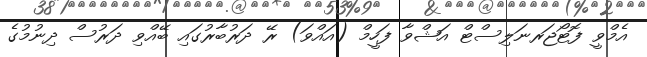
އެމްވީ ފޮޓޯޖަރނަލިސްޓް އަޝްވާ ފަހީމް (އައްވަ) ރޭ ދަރުބާރުގައި ބޭއްވި ދަރުސް ދިނުމުގެ